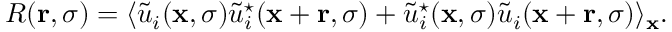
R ( { \bf r } , \sigma ) = \langle \tilde { u } _ { i } ( { \bf x } , \sigma ) \tilde { u } _ { i } ^ { \star } ( { \bf x } + { \bf r } , \sigma ) + \tilde { u } _ { i } ^ { \star } ( { \bf x } , \sigma ) \tilde { u } _ { i } ( { \bf x } + { \bf r } , \sigma ) \rangle _ { \bf x } .